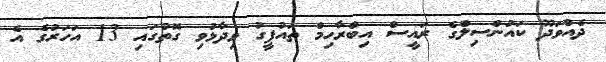
ދެއްވަދޫ ކައުންސިލްގެ ރައީސް އިބްރާހިމް ތައުފީގު ވިދާޅުވި ގޮތުގައި 13 އަހަރުގެ އެ